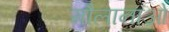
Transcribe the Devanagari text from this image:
मौलानाओ